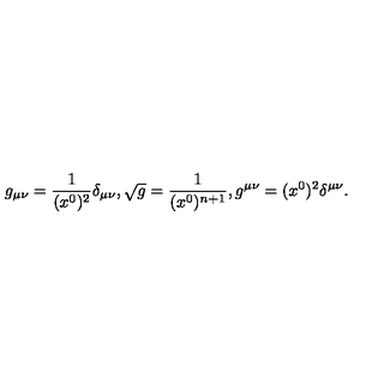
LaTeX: g _ { \mu \nu } = { \frac { 1 } { ( x ^ { 0 } ) ^ { 2 } } } \delta _ { \mu \nu } , \sqrt { g } = { \frac { 1 } { ( x ^ { 0 } ) ^ { n + 1 } } } , g ^ { \mu \nu } = ( x ^ { 0 } ) ^ { 2 } \delta ^ { \mu \nu } .